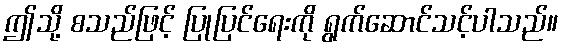
ဤသို့ စသည်ဖြင့် ပြုပြင်ရေးကို ရွက်ဆောင်သင့်ပါသည်။